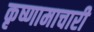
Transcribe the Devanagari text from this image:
कृष्णामाचारी